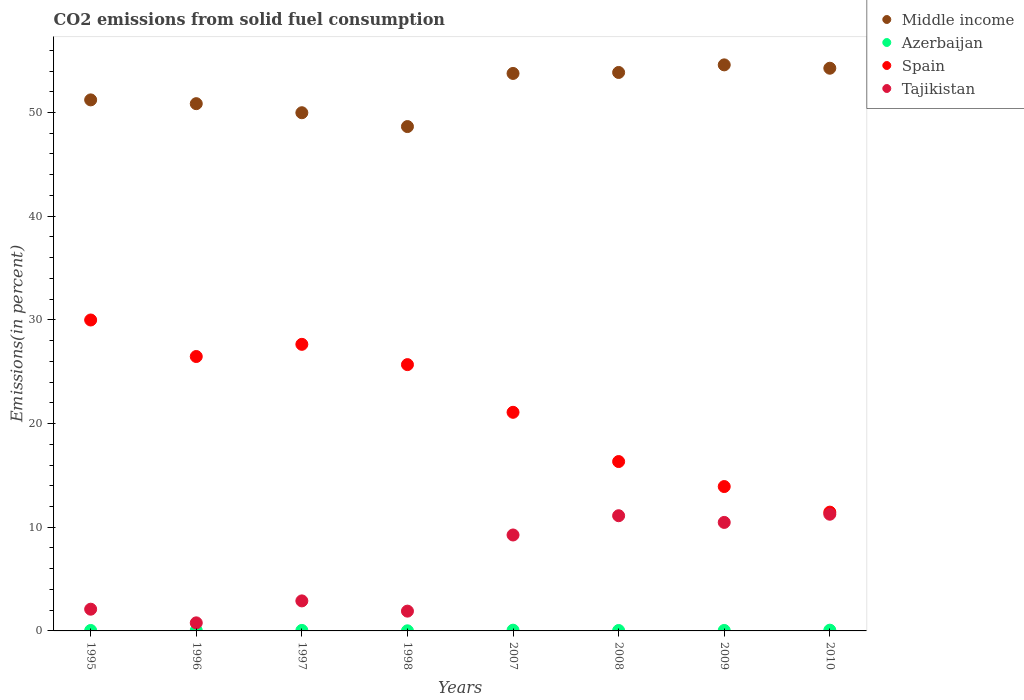
| Years | Middle income | Azerbaijan | Spain | Tajikistan |
 | --- | --- | --- | --- | --- |
 | 1995 | 51.2 | 0.0438 | 30 | 2.1 |
 | 1996 | 50.9 | 0.0465 | 26.5 | 0.778 |
 | 1997 | 50 | 0.0492 | 27.6 | 2.9 |
 | 1998 | 48.6 | 0.0116 | 25.7 | 1.91 |
 | 2007 | 53.8 | 0.0721 | 21.1 | 9.25 |
 | 2008 | 53.9 | 0.0413 | 16.3 | 11.1 |
 | 2009 | 54.6 | 0.046 | 13.9 | 10.5 |
 | 2010 | 54.3 | 0.0717 | 11.5 | 11.3 |